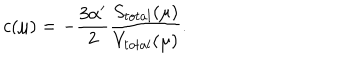
c ( \mu ) = - \frac { 3 \alpha ^ { \prime } } 2 \frac { S _ { t o t a l } ( \mu ) } { V _ { t o t a l } ( \mu ) } .